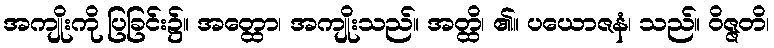
အကျိုးကို ပြခြင်း၌။ အတ္ထော၊ အကျိုးသည်။ အတ္ထိ၊ ၏။ ပယောဇနံ၊ သည်။ ဝိဇ္ဇတိ၊